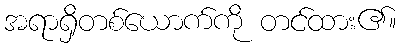
အရာရှိတစ်ယောက်ကို တင်ထား၏။